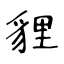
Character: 貍